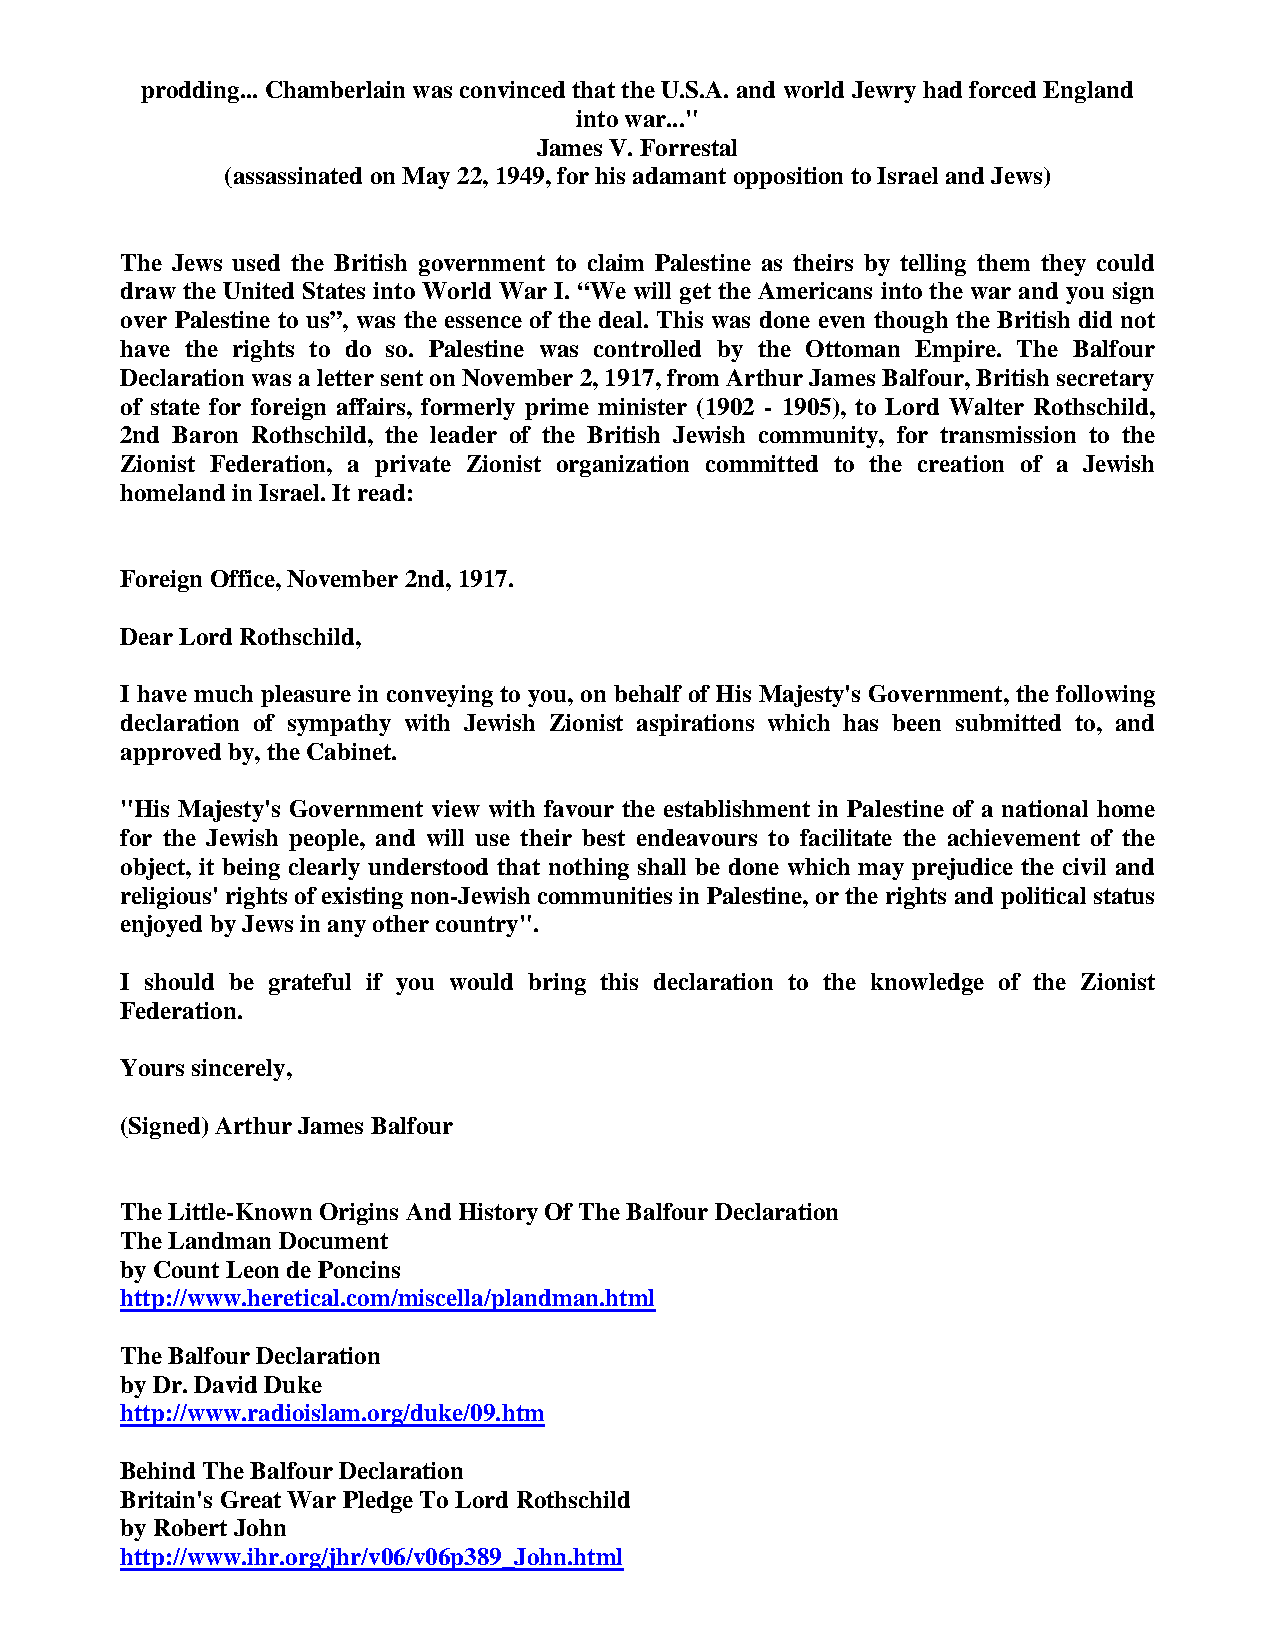
prodding... Chamberlain was convinced that the U.S.A. and world Jewry had forced England
 into war..."
 James V. Forrestal
 (assassinated on May 22, 1949, for his adamant opposition to Israel and Jews)
 The Jews used the British government to claim Palestine as theirs by telling them they could
 draw the United States into World War I. “We will get the Americans into the war and you sign
 over Palestine to us”, was the essence of the deal. This was done even though the British did not
 have the rights to do so. Palestine was controlled by the Ottoman Empire. The Balfour
 Declaration was a letter sent on November 2, 1917, from Arthur James Balfour, British secretary
 of state for foreign affairs, formerly prime minister (1902 - 1905), to Lord Walter Rothschild,
 2nd Baron Rothschild, the leader of the British Jewish community, for transmission to the
 Zionist Federation, a private Zionist organization committed to the creation of a Jewish
 homeland in Israel. It read:
 Foreign Office, November 2nd, 1917.
 Dear Lord Rothschild,
 I have much pleasure in conveying to you, on behalf of His Majesty's Government, the following
 declaration of sympathy with Jewish Zionist aspirations which has been submitted to, and
 approved by, the Cabinet.
 "His Majesty's Government view with favour the establishment in Palestine of a national home
 for the Jewish people, and will use their best endeavours to facilitate the achievement of the
 object, it being clearly understood that nothing shall be done which may prejudice the civil and
 religious' rights of existing non-Jewish communities in Palestine, or the rights and political status
 enjoyed by Jews in any other country".
 I should be grateful if you would bring this declaration to the knowledge of the Zionist
 Federation.
 Yours sincerely,
 (Signed) Arthur James Balfour
 The Little-Known Origins And History Of The Balfour Declaration
 The Landman Document
 by Count Leon de Poncins
 http://www.heretical.com/miscella/plandman.html
 The Balfour Declaration
 by Dr. David Duke
 http://www.radioislam.org/duke/09.htm
 Behind The Balfour Declaration
 Britain's Great War Pledge To Lord Rothschild
 by Robert John
 http://www.ihr.org/jhr/v06/v06p389_John.html